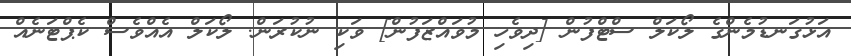
އަޅުގަނޑުމެންގެ ލޯކަލް ސްޓްފުން [ދިވެހި މުވައްޒަފުން] ވަކި ނުކުރަން. ލޯކަލް އެއްވެސް ކެޕްޓަނެއް